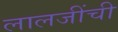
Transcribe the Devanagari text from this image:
लालजींची